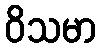
ဝိသမာ